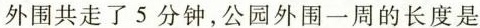
外围共走了5分钟，公园外围一周的长度是